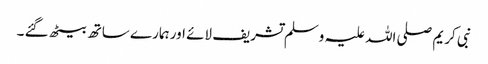
نبی کریم صلی اللہ علیہ وسلم تشریف لائے اور ہمارے ساتھ بیٹھ گئے ۔